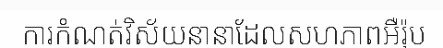
ការកំណត់វិស័យនានាដែលសហភាពអឺរ៉ុប